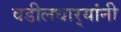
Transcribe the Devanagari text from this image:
वडीलधार्‍यांनी